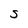
Character: S